Civil Veterinary Department. Central Provinces & Berar 1925-31 - 1925-1931
Year: 1925
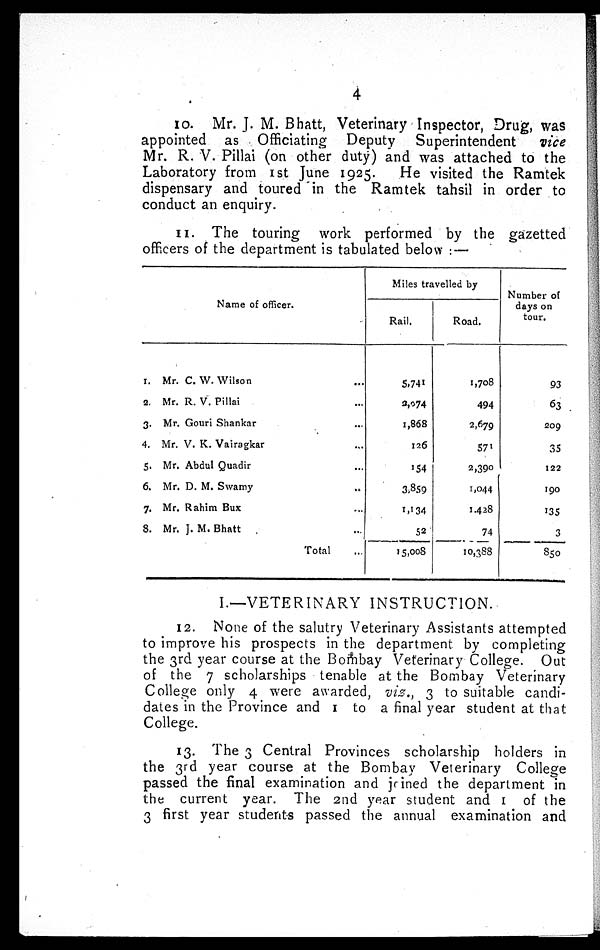
4
10. Mr. J. M. Bhatt, Veterinary Inspector, Drug, was
appointed as Officiating
Deputy Superintendent
vice
Mr. R. V. Pillai (on other duty) and was attached to the
Laboratory from 1st June 1925.
He visited the Ramtek
dispensary and toured in the Ramtek tahsil in order to
conduct an enquiry.
11. The touring work performed by the gazetted
officers of the department is tabulated below:—
Name of officer.
1. Mr. C. W. Wilson ...
2. Mr. R. V. Pillai ...
3. Mr. Gouri Shankar ...
4. Mr. V. K. Vairagkar ...
5. Mr. Abdul Quadir ...
6. Mr. D. M. Swamy ...
7. Mr. Rahim Bux ...
8. Mr. J. M. Bhatt ...
Total ...
Miles travelled by
Rail.
5,741
2,074
1,868
126
154
3,859
1,134
52
15,008
Road.
1,708
494
2,679
571
2,390
1,044
1,428
74
10,388
Number of
days on
tour.
93
63
209
35
122
190
135
3
850
I.—VETERINARY INSTRUCTION.
12. None of the salutry Veterinary Assistants attempted
to improve his prospects in the department by completing
the 3rd year course at the Bombay Veterinary College. Out
of the 7 scholarships tenable at the Bombay Veterinary
College only 4 were awarded, viz., 3 to suitable candi-
dates in the Province and 1 to a final year student at that
College.
13. The 3 Central Provinces scholarship holders in
the 3rd year course at the Bombay Veterinary College
passed the final examination and joined the department in
the current year. The 2nd year student and 1 of the
3 first year students passed the annual examination and